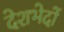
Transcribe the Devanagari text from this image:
देशभेदों